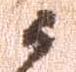
候